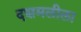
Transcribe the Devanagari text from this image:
दशमलीला